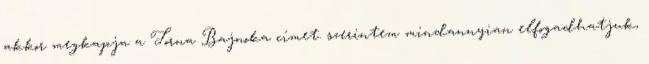
akkor megkapja a Torna Bajnoka címet. szerintem mindannyian elfogadhatjuk,